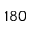
1 8 0